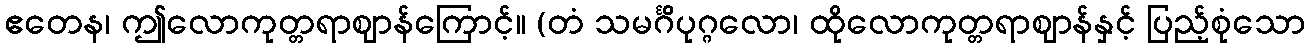
ဧတေန၊ ဤလောကုတ္တရာဈာန်ကြောင့်။ (တံ သမင်္ဂိပုဂ္ဂလော၊ ထိုလောကုတ္တရာဈာန်နှင့် ပြည့်စုံသော